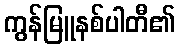
ကွန်မြူနစ်ပါတီ၏